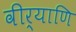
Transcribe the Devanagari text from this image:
वीर्याणि